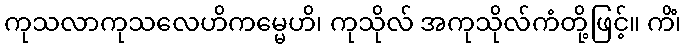
ကုသလာကုသလေဟိကမ္မေဟိ၊ ကုသိုလ် အကုသိုလ်ကံတို့ဖြင့်။ ကိံ၊